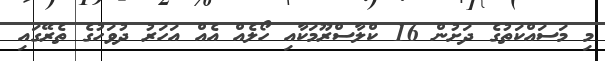
މި މަސައްކަތުގެ ދަށުން 16 ކްލާސްރޫމަކާއި ހޯލެއް އެއް އަހަރު ދުވަހުގެ ތެރޭގައި